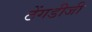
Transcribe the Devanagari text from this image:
ठेंगडीजी